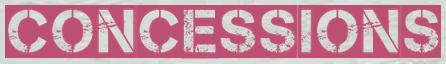
CONCESSIONS